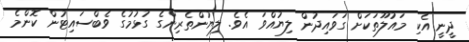
ދީނީ އެކި މައުލޫތަކަށް ގަވައިދުން ލިޔުއްވަ އެވެ. ލިޔުންތެރިންގެ ގުޅުމުގެ ވެބްސައިޓުން ކޮންމެ